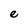
Character: e